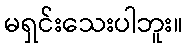
မရှင်းသေးပါဘူး။